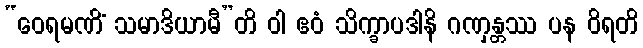
“ဝေရမဏိံ သမာဒိယာမီ”တိ ဝါ ဧဝံ သိက္ခာပဒါနိ ဂဏှန္တဿ ပန ဝိရတိ